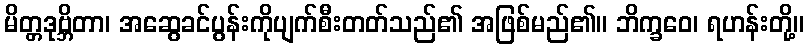
မိတ္တဒုဗ္ဘိတာ၊ အဆွေခင်ပွန်းကိုပျက်စီးတတ်သည်၏ အဖြစ်မည်၏။ ဘိက္ခဝေ၊ ရဟန်းတို့။